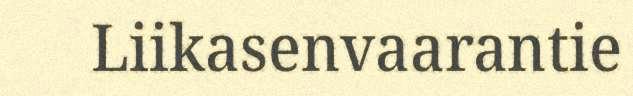
Liikasenvaarantie